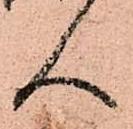
へ